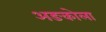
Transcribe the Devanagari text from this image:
अङकोला